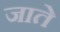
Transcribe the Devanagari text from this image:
जातेे